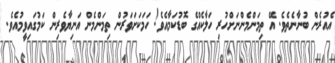
އެއުރެން ބުނާނެތެވެ. އޭ ތިމަންމެންނަށްހުރި ހަލާކެއްގެ ބޮޑުކަމާއެވެ! ހަމަކަށަވަރުން ތިމަންމެން އަނިޔާވެރިން ކަމުގައިވީމުއެވެ.